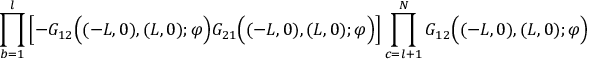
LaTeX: \prod _ { b = 1 } ^ { l } \left[ - G _ { 1 2 } \Big ( ( - L , 0 ) , ( L , 0 ) ; \varphi \Big ) G _ { 2 1 } \Big ( ( - L , 0 ) , ( L , 0 ) ; \varphi \Big ) \right] \prod _ { c = l + 1 } ^ { N } G _ { 1 2 } \Big ( ( - L , 0 ) , ( L , 0 ) ; \varphi \Big )